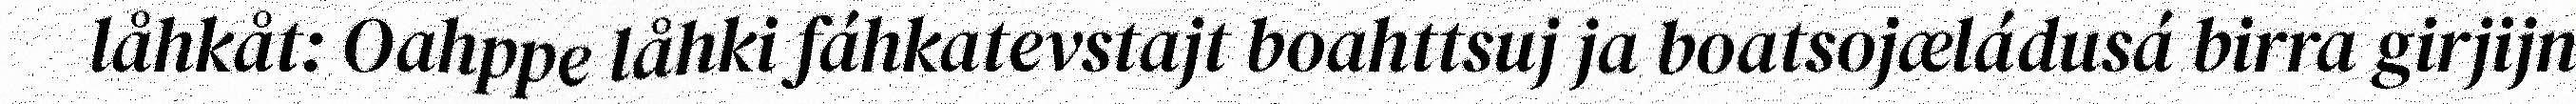
låhkåt: Oahppe låhki fáhkatevstajt boahttsuj ja boatsojæládusá birra girjijn